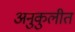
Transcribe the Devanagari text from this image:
अनुकुलीत